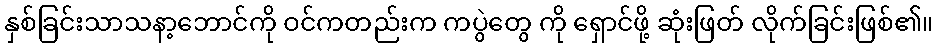
နှစ်ခြင်းသာသနာ့ဘောင်ကို ဝင်ကတည်းက ကပွဲတွေ ကို ရှောင်ဖို့ ဆုံးဖြတ် လိုက်ခြင်းဖြစ်၏။